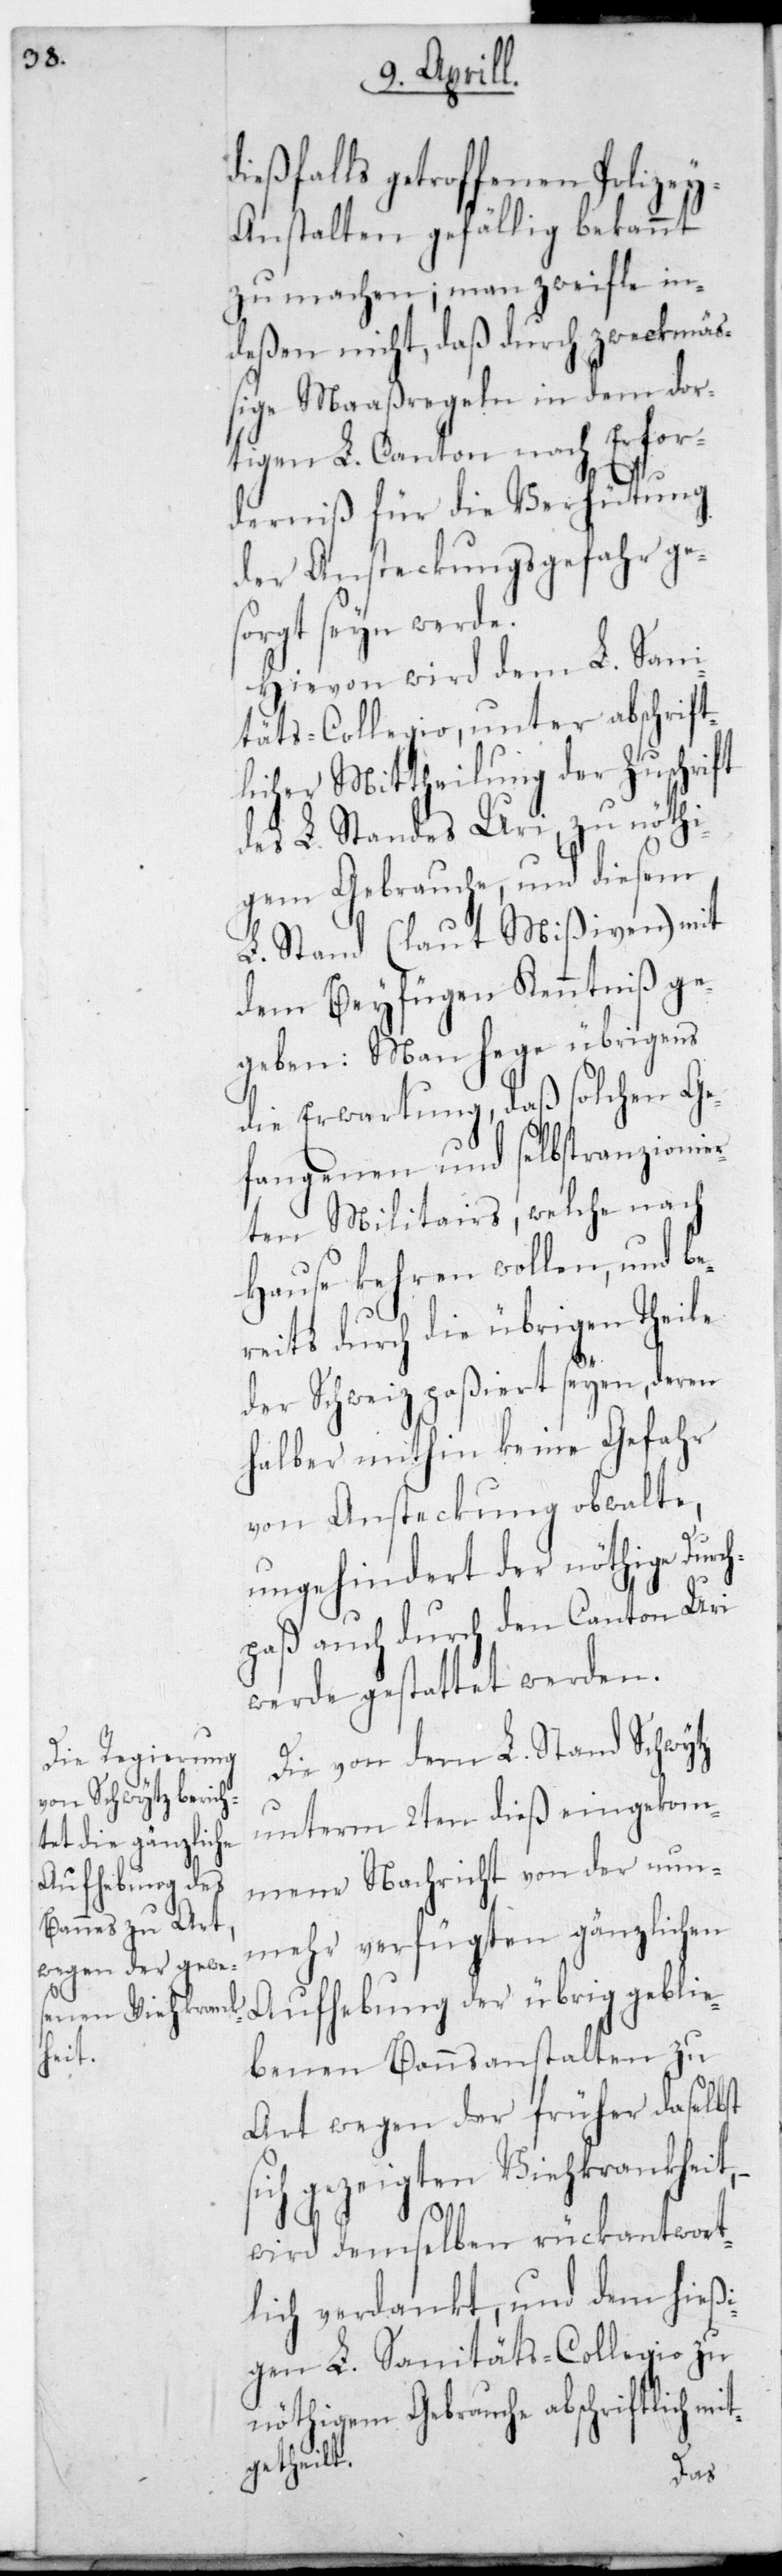
c¬
dießfalls getroffenen Polizey¬
anstalten gefällig bekannt
zu machen; man zweifle in¬
deßen nicht, daß durch zweckmäß¬
ige Maaßregeln in dem dor¬
tigen L. Canton nach Erfor¬
tz
derniß für die Verhütung
der Anstreckungsgefahr ge¬
sorgt sein werde.
Hievon wird dem L. Sani¬
täts-Collegio unter abschrift¬
icher Mittheilung der Zuschrift
des L. Stands Uri, zu nöthi¬
gem Gebrauche und diesem
L. Stand (laut Mißiven) mit
dem Beyfügen Kenntniß ge¬
geben: Man hege übrigens
die Erwartung, daß solchen Ge¬
fangenen und selbstranzionier¬
ten Militairs, welche nach
Hause kehren wollen, und be¬
reits durch die übrigen Theile
der Schweiz paßiert seyen, deren
halber mithin keine Gefahr
von Ansteckung obwalte,
ungehindert der nöthige Dur¬
hpaß auch durch den Canton Uri
werde gestattet werden.
Die von dem L. Stand Schwy¬
unterm 2ten dieß eingekom¬
mene Nachricht von der nun¬
mehr verfügten gänzlichen
Aufhebung der übrig geblie¬
benen Bannsanstalten zu
Art wegen der früher daselbst
sich gezeigten Viehkrankheit,
wird demselben rückantwort¬
lich verdankt, und dem hießi¬
gen L. Sanitäts-Collegio zu
nöthigem Gebrauche abschriftlich mi¬
tgetheilt.